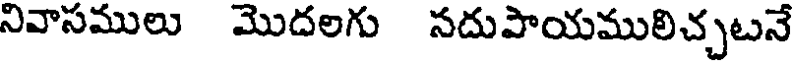
నివాసములు మొదలగు సదుపాయములిచ్చటనే